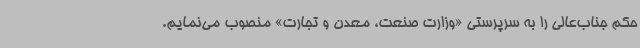
حکم جناب‌عالی را به سرپرستی «وزارت صنعت، معدن و تجارت» منصوب می‌نمایم.